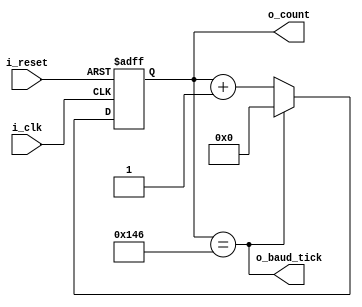
module baud_rate_generator(
    input i_clk, i_reset, 
    output [N-1:0] o_count,
    output o_baud_tick
    );
    
    parameter M = 326; //(100*10^6)/(Baud*16) and round up. default baud rate is 19,200
    parameter N = 16;
    
    reg [N-1:0] s_count_reg;
    
    always @(posedge i_clk, posedge i_reset)
        if (i_reset)
            s_count_reg <= 0;
        else
            s_count_reg <= (s_count_reg == M) ? 0 : s_count_reg + 1;
    
    assign o_count = s_count_reg;    
    assign o_baud_tick = s_count_reg == M;
    
endmodule